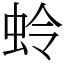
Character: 蛉